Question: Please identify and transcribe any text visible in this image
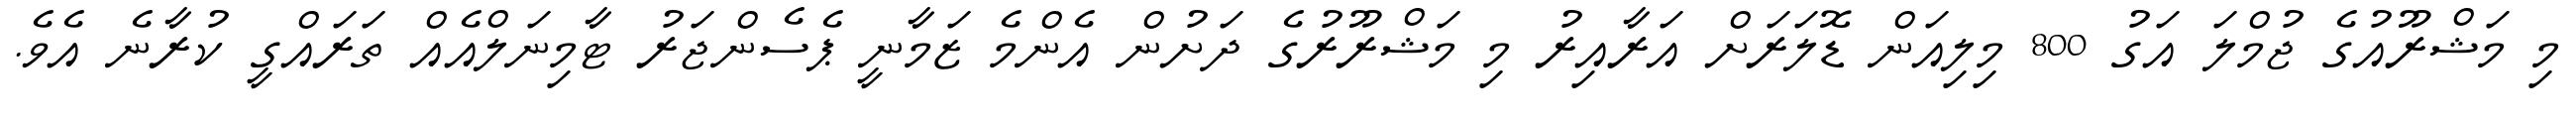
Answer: މި މަޝްރޫއުގެ ޖުމްލަ އަގު 800 މިލިއަން ޑޮލަރަށް އަރާއިރު މި މަޝްރޫރުގެ ދަށުން އެންމެ ޒަމާނީ ޕެސެންޖަރު ޓާމިނަލްއެއް ތަރައްގީ ކުރާނެ އެވެ.